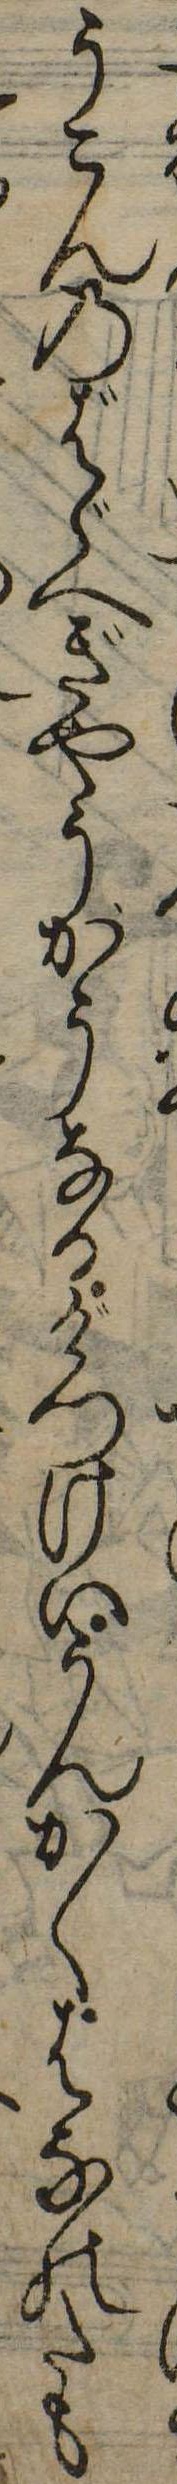
うこんのばゞへぎやうかうなるげつけいうんかくはなのたも